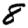
Digit: 8